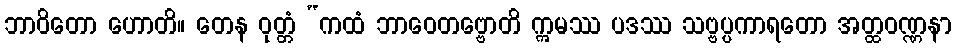
ဘာဝိတော ဟောတိ။ တေန ဝုတ္တံ “ကထံ ဘာဝေတဗ္ဗောတိ ဣမဿ ပဒဿ သဗ္ဗပ္ပကာရတော အတ္ထဝဏ္ဏနာ